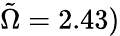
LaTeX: \tilde{\Omega}=2.43)